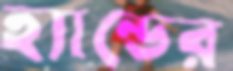
হ্যান্ডের